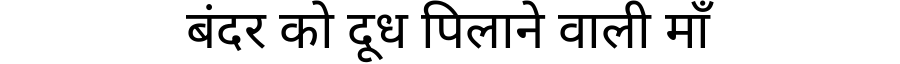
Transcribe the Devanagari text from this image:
बंदर को दूध पिलाने वाली माँ